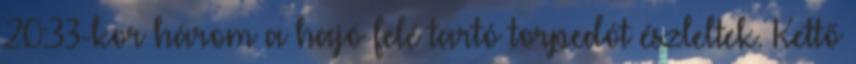
20:33-kor három a hajó felé tartó torpedót észleltek. Kettő